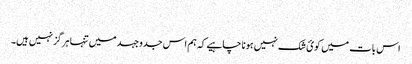
​
اس بات میں کوئ شک نہیں ہونا چاہیے کہ ہم اس جدوجہد میں تنہا ہرگز نہیں ہیں۔